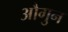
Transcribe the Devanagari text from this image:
औगुन